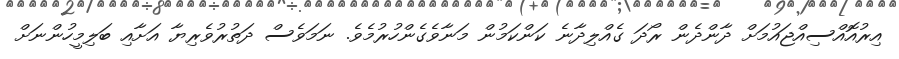
އިރުއޮއްސިއްޖައުމަށް ދާންދެން ރޯދަ ގެއްލިދާނެ ކަންކަމުން މަނާވެގެންހުރުމެވެ. ނަމަވެސް ދަތުރުވެރިޔާ އަށާއި ބަލިމީހުންނަށް